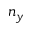
n _ { y }